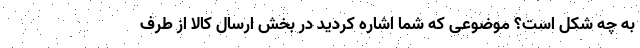
به چه شکل است؟ موضوعی که شما اشاره کردید در بخش ارسال کالا از طرف